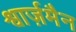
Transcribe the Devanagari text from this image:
श्वार्ज़मैन